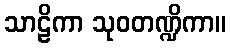
သာဠိကာ သုဝတဏ္ဍိကာ။